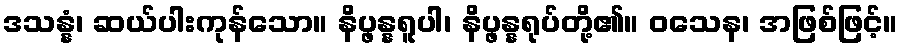
ဒသန္နံ၊ ဆယ်ပါးကုန်သော။ နိပ္ဖန္နရူပါ၊ နိပ္ဖန္နရုပ်တို့၏။ ဝသေန၊ အဖြစ်ဖြင့်။